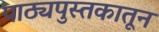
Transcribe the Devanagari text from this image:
पाठ्यपुस्तकातून